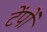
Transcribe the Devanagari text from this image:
टेंपों